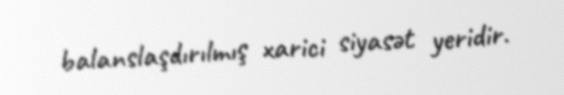
balanslaşdırılmış xarici siyasət yeridir.